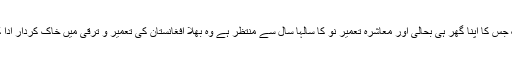
ایسا ملک جس کا اپنا گھر ہی بحالی اور معاشرہ تعمیر نو کا سالہا سال سے منتظر ہے وہ بھلا افغانستان کی تعمیر و ترقی میں خاک کردار ادا کرے گا؟